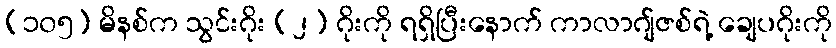
(၁၀၅) မိနစ်က သွင်းဂိုး (၂) ဂိုးကို ရရှိပြီးနောက် ကာလာဂျ်ဇစ်ရဲ့ ချေပဂိုးကို